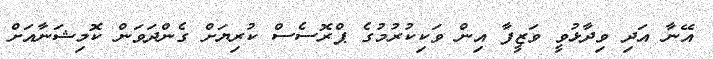
އޭނާ އަދި ވިދާޅުވީ ވަޒީފާ އިން ވަކިކުރުމުގެ ޕްރޮސެސް ކުރިޔަށް ގެންދަވަން ކޮމިޝަނާއަށް